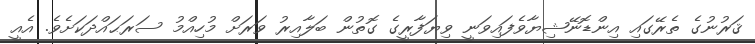
ޤަރުނުގެ ތެރޭގައި އިންޑޮނޭޝިޔާވެފައިވަނީ ވިޔަފާރީގެ ގޮތުން ބަލާއިރު ވަރަށް މުހިއްމު ސަރަޙައްދަކަށެވެ. އެއީ